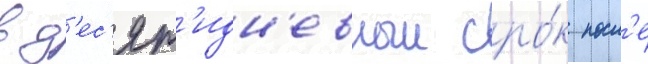
в д'ес'ят'идн'евныи сро́к посл'е